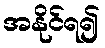
အနိုင်ရ၍